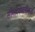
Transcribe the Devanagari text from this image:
सीमारेषेपलीकडे